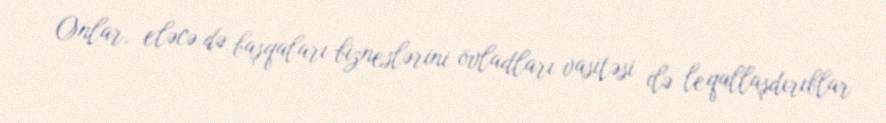
Onlar, eləcə də başqaları bizneslərini övladları vasitəsi ilə leqallaşdırıblar